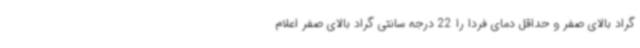
گراد بالای صفر و حداقل دمای فردا را 22 درجه سانتی گراد بالای صفر اعلام